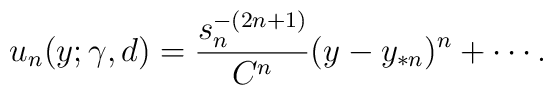
u_{n}(y;\gamma,d) = \frac{s_{n}^{-(2n+1)}}{C^{n}} (y - y_{*n})^{n}  + \cdots .